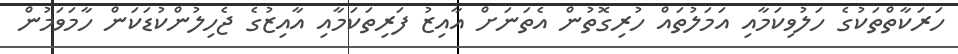
ހަރަކާތްތަކުގެ ހަލުވިކަމާއި އަމަލުތައް ހުރިގޮތުން އެތަނަށް އާއިޒު ފަރިތަކަމާއި އާއިޒުގެ ޖެހިލުންކުޑަކަން ހާމަވަމުން